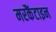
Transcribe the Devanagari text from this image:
मरकैंटाइन